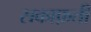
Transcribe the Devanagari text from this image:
सकाफ़ती